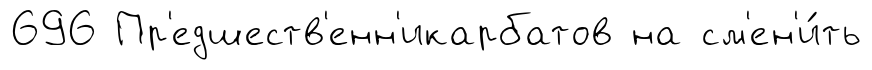
696 Пр'едшеств'енн'икарбатов на см'ен'и́ть